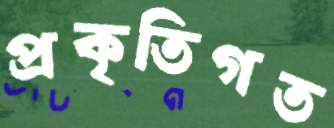
প্রকৃতিগত